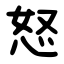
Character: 怒